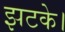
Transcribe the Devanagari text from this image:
झटके।